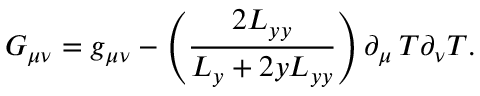
G _ { \mu \nu } = g _ { \mu \nu } - \left( \frac { 2 L _ { y y } } { L _ { y } + 2 y L _ { y y } } \right) \partial _ { \mu } \thinspace T \partial _ { \nu } T .